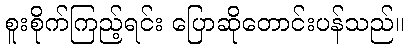
စူးစိုက်ကြည့်ရင်း ပြောဆိုတောင်းပန်သည်။